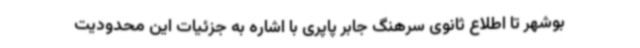
بوشهر تا اطلاع ثانوی سرهنگ جابر پاپری با اشاره به جزئیات این محدودیت